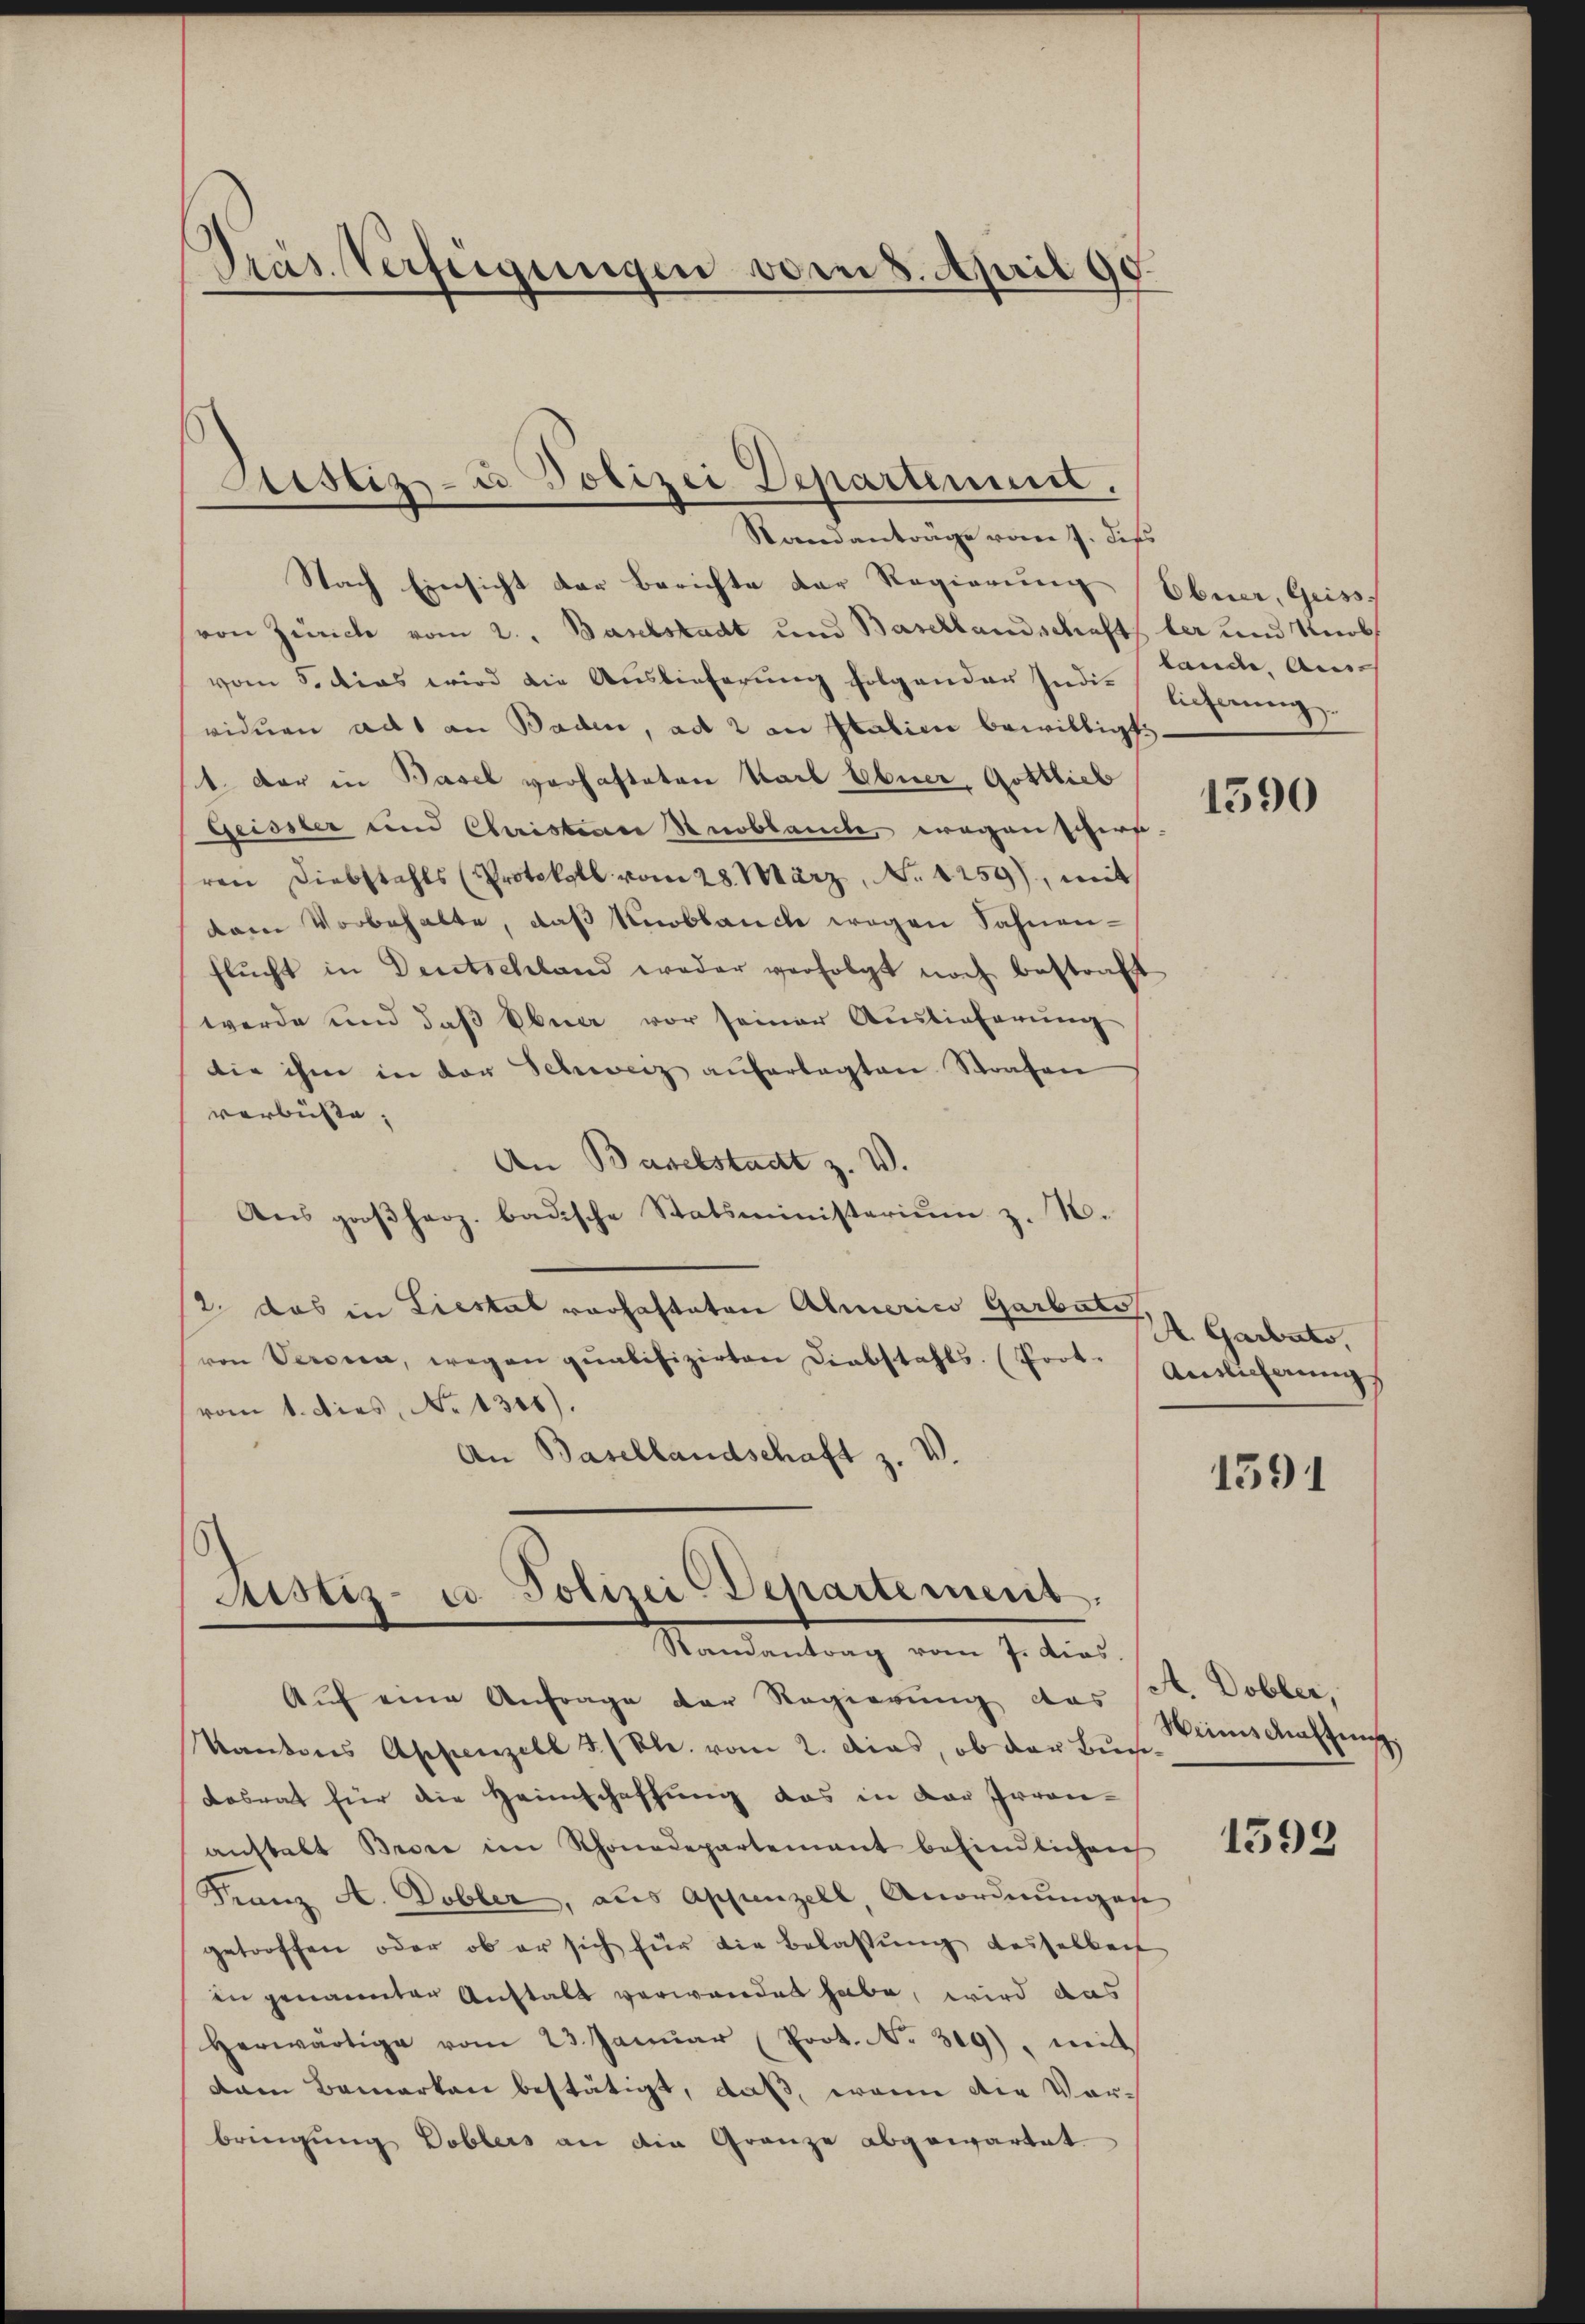
Präs. Verfügungen vom 8. April 90.

Sistiz- u Polizei Departement.
Standanträge vom 7. dess

Nach Einsicht der Berichte der Regierung Ebner, Geiss
von Zürich vom 2. Baselstadt und Basellandschaft der und Knob
vom 5. dies wird die Auslieferung folgenden Indie lieferung
viduen ad an Baden, ad 2 in Italien bewilligt.
1. Der in Basel verhafteten Karl Ebner, Gottlieb
Geissler und Christian Knoblande, wegenschers
ren Diebstahls (Protokoll vom 28. März, No 1259), mit
dam Vorbehalte, daß Knoblauch wegen Sahnenflŭcht in Deutschland weder verfolgt noch bestraft
werde und daß Ebner vor seiner Auslieferung
die ihm in der Schweiz auferlegten Strafen
verbüste,
An Baselstadt z. W.
Aus großherz. badische Statsministerium z. B.
2 das in Liestal vorhafteten Americo Garbato,
von Versica, wegen qualifizirten Diebstahls (Poot. Auslicherungs
vom 1. dies, No 1301).
An Basellandschaft z. V.

Astiz- u. Polizei Departement.
Randantrag vom 7. dies

Auf eine Anfrage der Regierung das st. Dobler,
Kantons Appenzell 5./Kle. vom 2. Dias, ob der Buch¬
Losrat für die Heimschaffung das in der Irrenanstalt Brose im Rhonadepartement befindlichen
Franz A. Dobler, aus Appenzell, Anordnungen
getroffen oder ob er sich für die Belassung desselkeit
in genannten Anstalt verwandet habe, wird das
herwärtige vom 23. Janŭar (Prot. No. 319), mit
dam Bemerken bestätigt, daß, wenn die Vorbringung Doblers an die Gränze abgewartet

lande Aus¬

1590

A. Garbato,

1591

Winns Kattung

1592